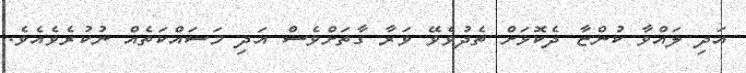
އަދި ލައްވާ ކުންޏާ ދެކޮޅަށް ތެދުވެވޭ ވަރާ ގާތަށްވެސް އަދި މަސައްކަތެއް ނުކުރެވެއެވެ.